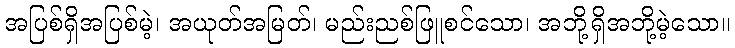
အပြစ်ရှိအပြစ်မဲ့၊ အယုတ်အမြတ်၊ မည်းညစ်ဖြူစင်သော၊ အဘို့ရှိအဘို့မဲ့သော။